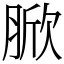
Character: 𦜓